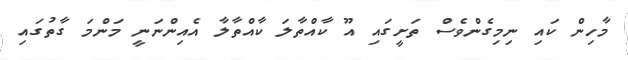
މާހިން ކައި ނިމިގެންވެސް ތަށީގައި އޫ ކާއްތާލަ ކާއްތާލާ އެއިންނަނީ މަންމަ ގާތުގައި